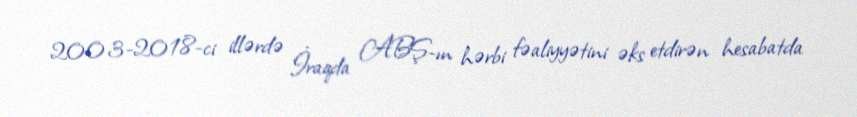
2003-2018-ci illərdə İraqda ABŞ-ın hərbi fəaliyyətini əks etdirən hesabatda